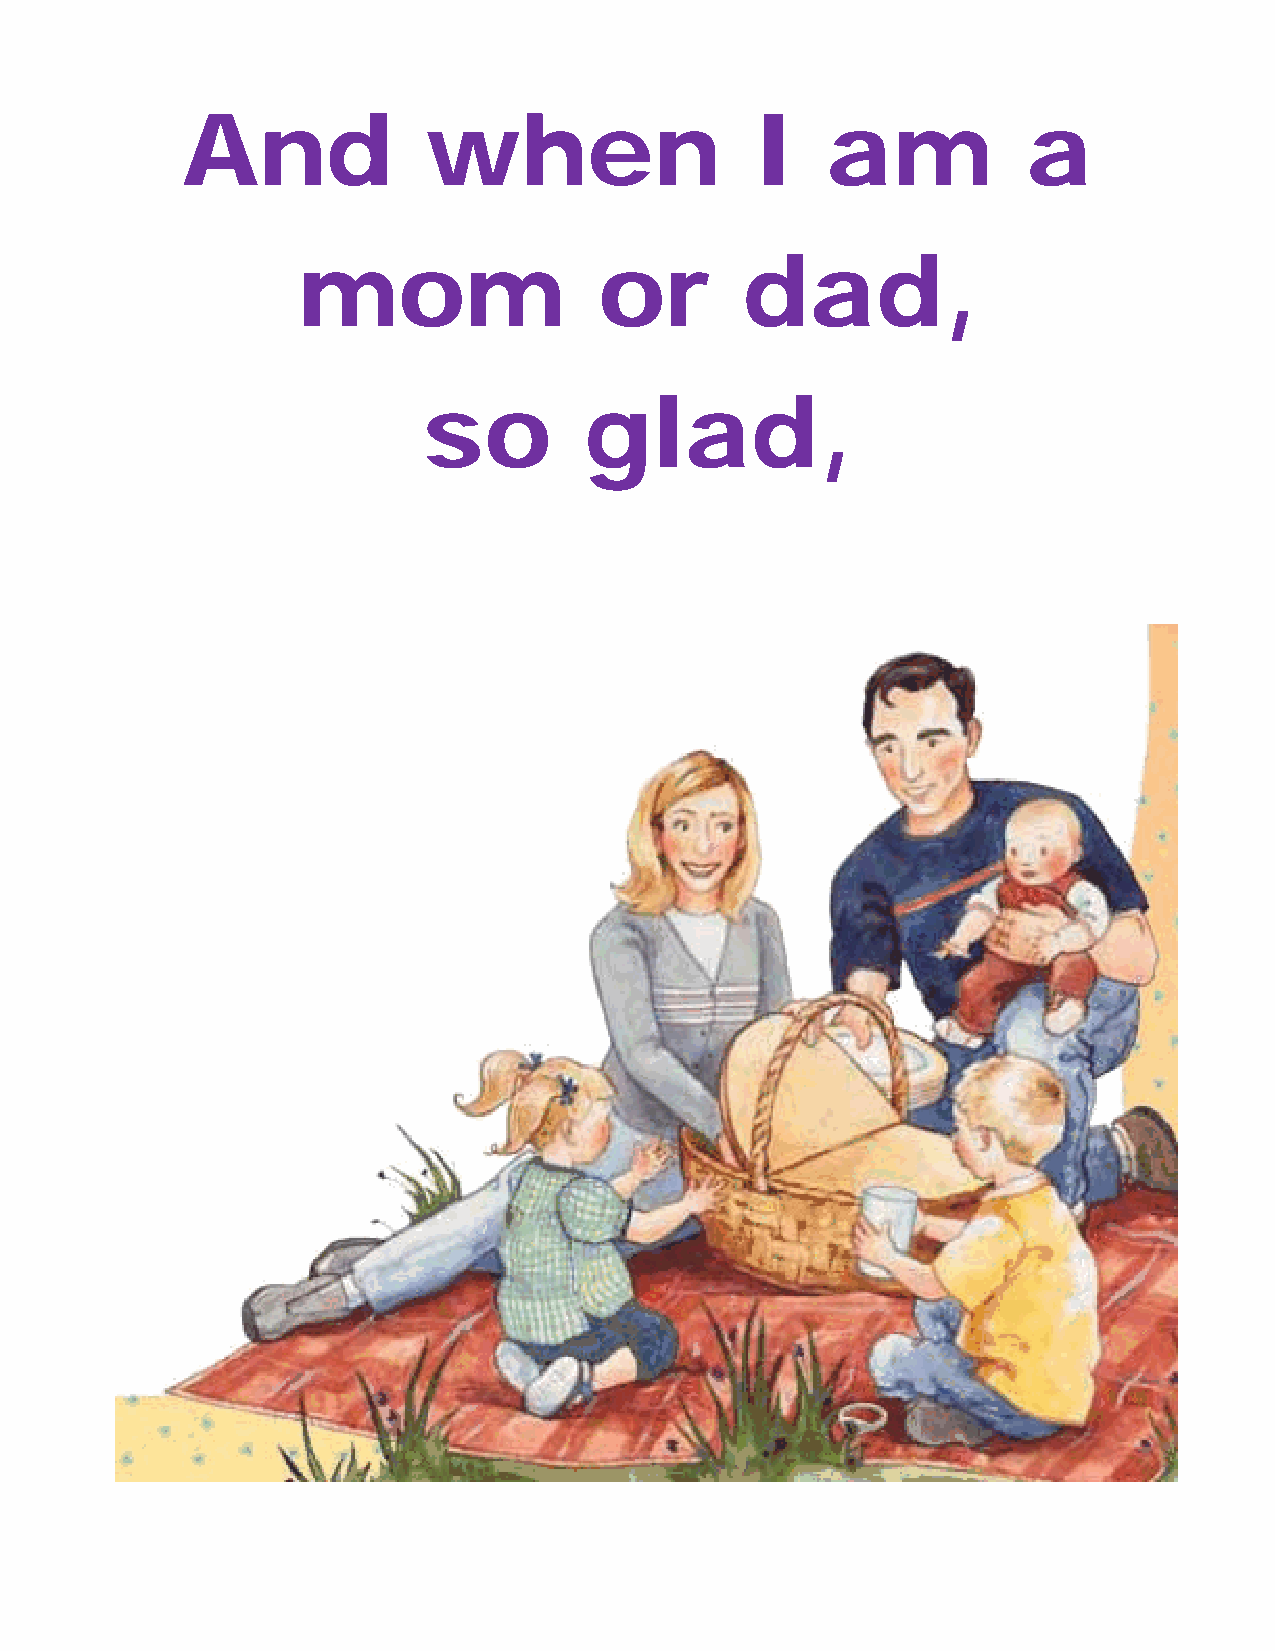
And             when                  I    am           a
 mom                 or       dad,
 so         glad,